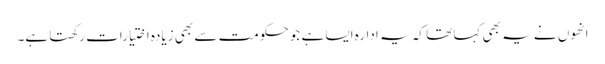
انھوں نے یہ بھی کہا تھا کہ یہ ادارہ ایسا ہے جو حکومت سے بھی زیادہ اختیارات رکھتا ہے۔